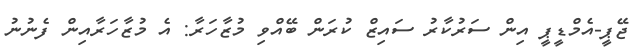
ޖޭޕީ-އެމްޑީޕީ އިން ސަރުކާރު ސައިޒް ކުރަން ބޭއްވި މުޒާހަރާ: އެ މުޒާހަރާއިން ފެނުނު